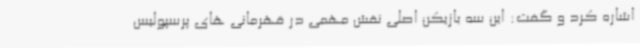
اشاره کرد و گفت: این سه بازیکن اصلی نقش مهمی در قهرمانی های پرسپولیس